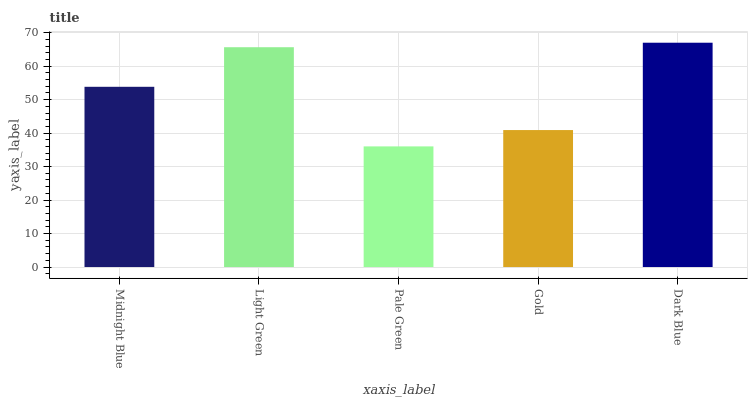
| xaxis_label | bars |
 | --- | --- |
 | Midnight Blue | 53.8 |
 | Light Green | 65.7 |
 | Pale Green | 36 |
 | Gold | 40.9 |
 | Dark Blue | 67 |